Civil Veterinary Department Bihar & Orissa reports 1922-29 - 1922-1929
Year: 1922
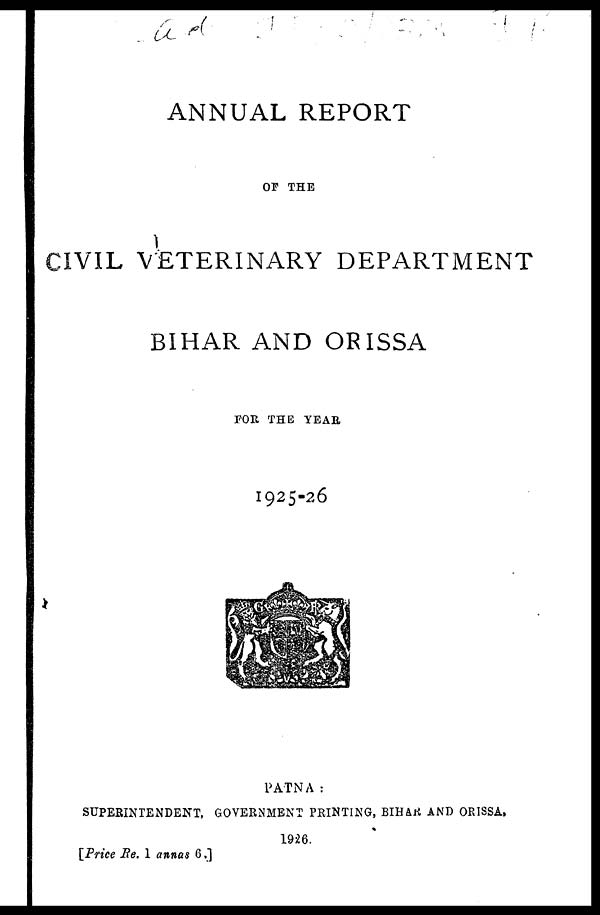
ANNUAL REPORT
OF THE
CIVIL VETERINARY DEPARTMENT
BIHAR AND ORISSA
FOR THE YEAR
1925-26
PATNA:
SUPERINTENDENT, GOVERNMENT PRINTING, BIHAR AND ORISSA,
1926.
[Price Re. 1 annas 6.]